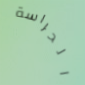
الحراسة